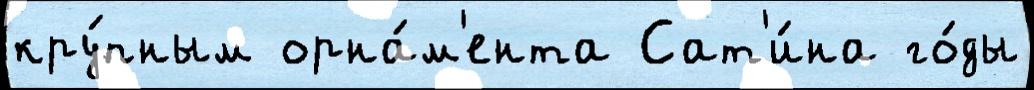
кру́пным орна́м'ента Сат'и́на го́ды